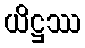
ယိဋ္ဌဿ